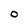
Character: O